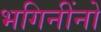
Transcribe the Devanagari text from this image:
भगिनींनो